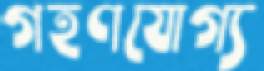
গহণযোগ্য